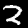
Digit: 2